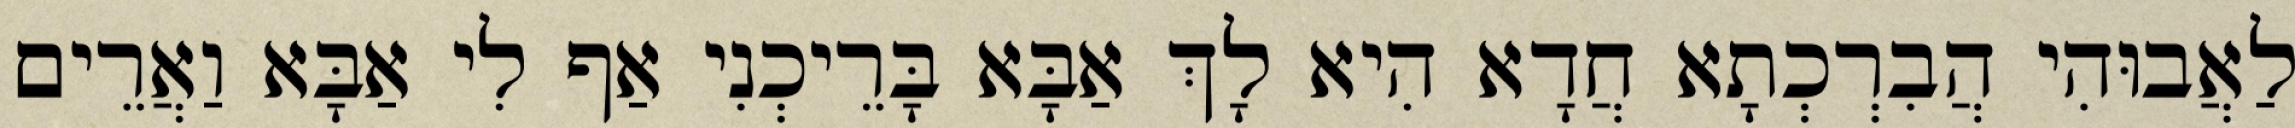
לַאֲבוּהִי הֲבִרְכְתָא חֲדָא הִיא לָךְ אַבָּא בָּרֵיכְנִי אַף לִי אַבָּא וַאֲרֵים